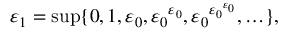
\varepsilon _ { 1 } = \operatorname* { s u p } \{ 0 , 1 , \varepsilon _ { 0 } , { \varepsilon _ { 0 } } ^ { \varepsilon _ { 0 } } , { \varepsilon _ { 0 } } ^ { { \varepsilon _ { 0 } } ^ { \varepsilon _ { 0 } } } , \ldots \} ,